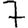
Digit: 7